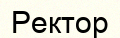
Ректор